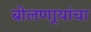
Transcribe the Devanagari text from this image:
बोलणार्‍यांचा